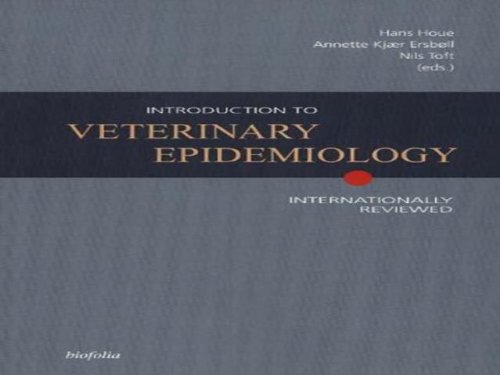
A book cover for Introduction to Veterinary Epidemiology; Medical Books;